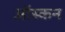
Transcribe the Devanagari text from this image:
ऑस्कन